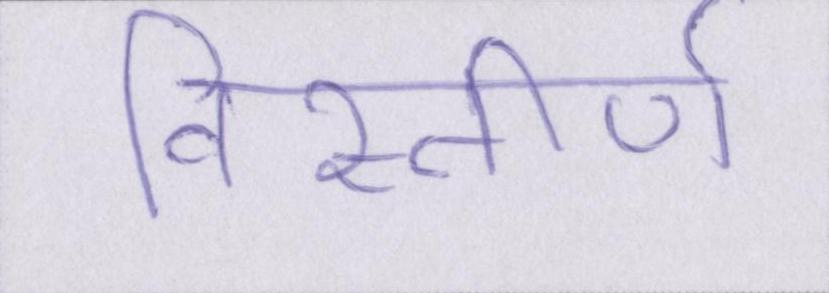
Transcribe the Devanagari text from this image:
विस्तीर्ण